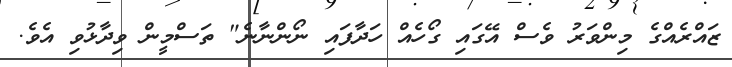
ޒައްރެއްގެ މިންވަރު ވެސް އޭގައި ގޯހެއް ހަދާފައި ނޯންނާނެ" ތަސްމީން ވިދާޅުވި އެވެ.